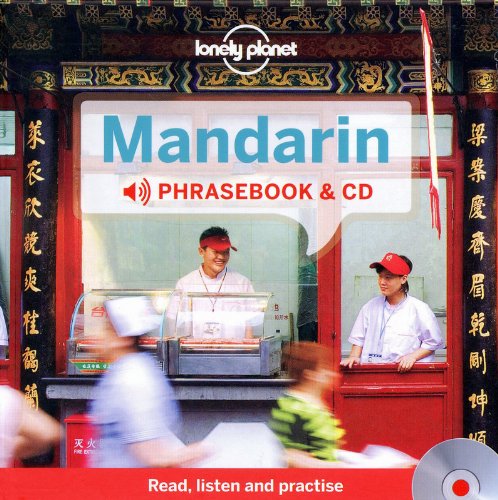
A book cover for Lonely Planet Mandarin Phrasebook and Audio CD (Lonely Planet Phrasebooks); Lonely Planet; Travel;